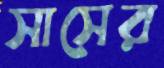
সাসের